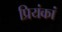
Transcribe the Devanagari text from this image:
प्रियंकां